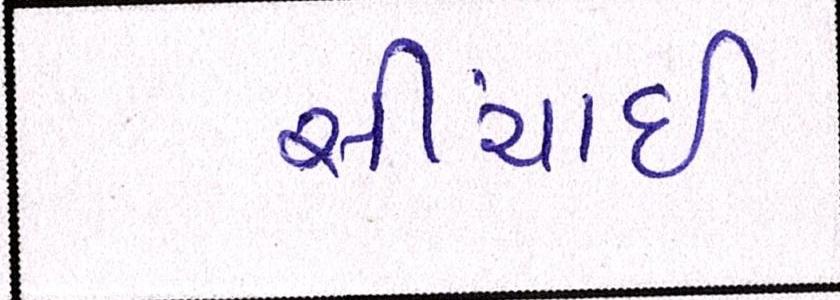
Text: સીંચાઇ